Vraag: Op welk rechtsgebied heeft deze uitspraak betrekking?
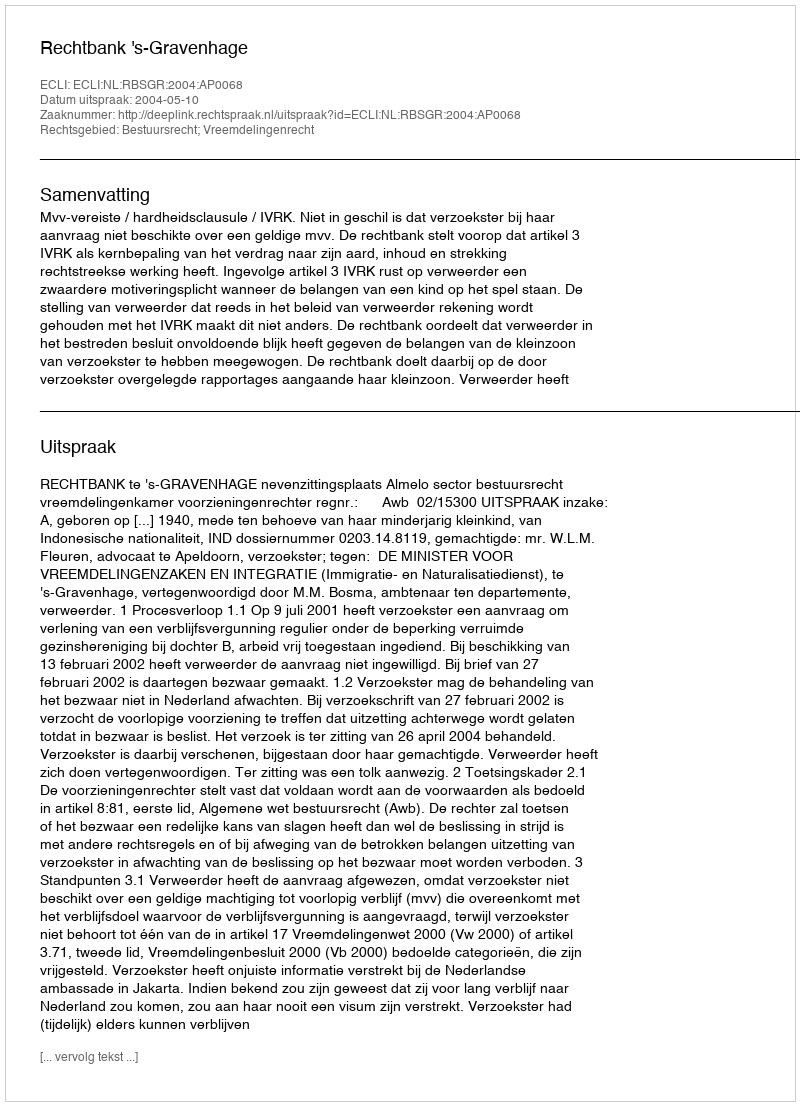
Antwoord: Bestuursrecht; Vreemdelingenrecht